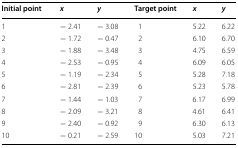
<table><thead><tr><td><b>Initial point</b></td><td><b><i>x</i></b></td><td><b><i>y</i></b></td><td><b>Target point</b></td><td><b><i>x</i></b></td><td><b><i>y</i></b></td></tr></thead><tbody><tr><td>1</td><td>− 2.41</td><td>− 3.08</td><td>1</td><td>5.22</td><td>6.22</td></tr><tr><td>2</td><td>− 1.72</td><td>− 0.47</td><td>2</td><td>6.10</td><td>6.70</td></tr><tr><td>3</td><td>− 1.88</td><td>− 3.48</td><td>3</td><td>4.75</td><td>6.59</td></tr><tr><td>4</td><td>− 2.53</td><td>− 0.95</td><td>4</td><td>6.09</td><td>6.05</td></tr><tr><td>5</td><td>− 1.19</td><td>− 2.34</td><td>5</td><td>5.28</td><td>7.18</td></tr><tr><td>6</td><td>− 2.81</td><td>− 2.39</td><td>6</td><td>5.23</td><td>5.78</td></tr><tr><td>7</td><td>− 1.44</td><td>− 1.03</td><td>7</td><td>6.17</td><td>6.99</td></tr><tr><td>8</td><td>− 2.09</td><td>− 3.21</td><td>8</td><td>4.61</td><td>6.41</td></tr><tr><td>9</td><td>− 2.40</td><td>− 0.92</td><td>9</td><td>6.30</td><td>6.13</td></tr><tr><td>10</td><td>− 0.21</td><td>− 2.59</td><td>10</td><td>5.03</td><td>7.21</td></tr></tbody></table>